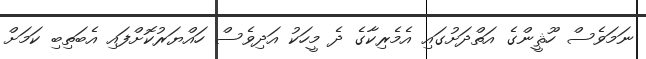
ނަމަވެސް ހޫޘީންގެ އަތްދަށުގައި އެމެރިކާގެ ދެ މީހަކު އަދިވެސް ހައްޔަރުކޮށްފައި އެބަތިބި ކަމަށް